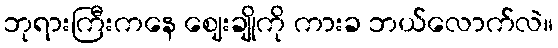
ဘုရားကြီးကနေ ဈေးချိုကို ကားခ ဘယ်လောက်လဲ။